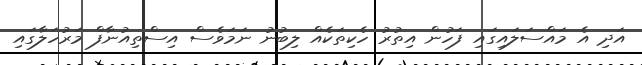
އަދި އެ މައްސަލައިގައި ފަހުން އިތުރު ހެކިތަކެއް ލިބުނު ނަމަވެސް އިސްތިއުނާފް މަރުހަލާގައި